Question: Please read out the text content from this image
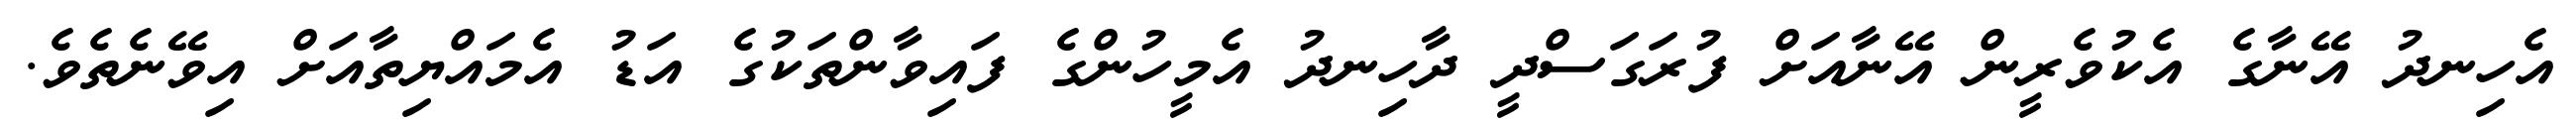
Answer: އެހިނދު އޭނާގެ އެކުވެރީން އޭނާއަށް ފުރަގަސްދީ ދާހިނދު އެމީހުންގެ ފައިވާންތަކުގެ އަޑު އެމައްޔިތާއަށް އިވޭނެތެވެ.